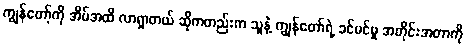
ကျွန်တော့်ကို အိမ်အထိ လာရှာတယ် ဆိုကတည်းက သူနဲ့ ကျွန်တော်ရဲ့ ခင်မင်မှု အတိုင်းအတာကို